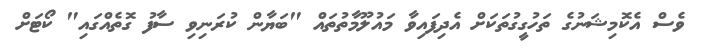
ވެސް އެކޮމިޝަނުގެ ތަހުގީގުތަކަށް އެދިފައިވާ މައުލޫމާތުތައް "ބަޔާން ކުރަނިވި ސާފު ގޮތެއްގައި" ކޯޓަށް